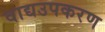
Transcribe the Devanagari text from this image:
वाद्यउपकरण